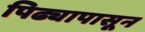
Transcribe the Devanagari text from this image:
पिढ्यापासून